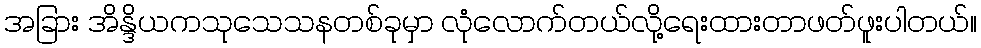
အခြား အိန္ဒိယကသုသေသနတစ်ခုမှာ လုံလောက်တယ်လို့ရေးထားတာဖတ်ဖူးပါတယ်။